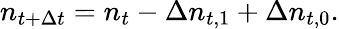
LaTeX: n_{t+\Delta t}=n_{t}-\Delta n_{t,1}+\Delta n_{t,0}.